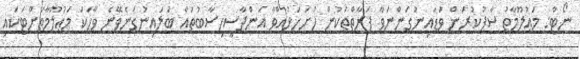
ނޯޓް: މަޢުލޫމާތު ސާފުކުރަން ވަޑައިނުގަންނަވާ ފަރާތްތަކުން ހުށަހަޅުއްވާ އަންދާސީހިސާބުތައް ބަލައިނުގަނެވޭނެ ވާހަކަ މަޢުލޫމާތަށްޓަކައި